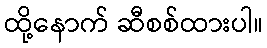
ထို့နောက် ဆီစစ်ထားပါ။